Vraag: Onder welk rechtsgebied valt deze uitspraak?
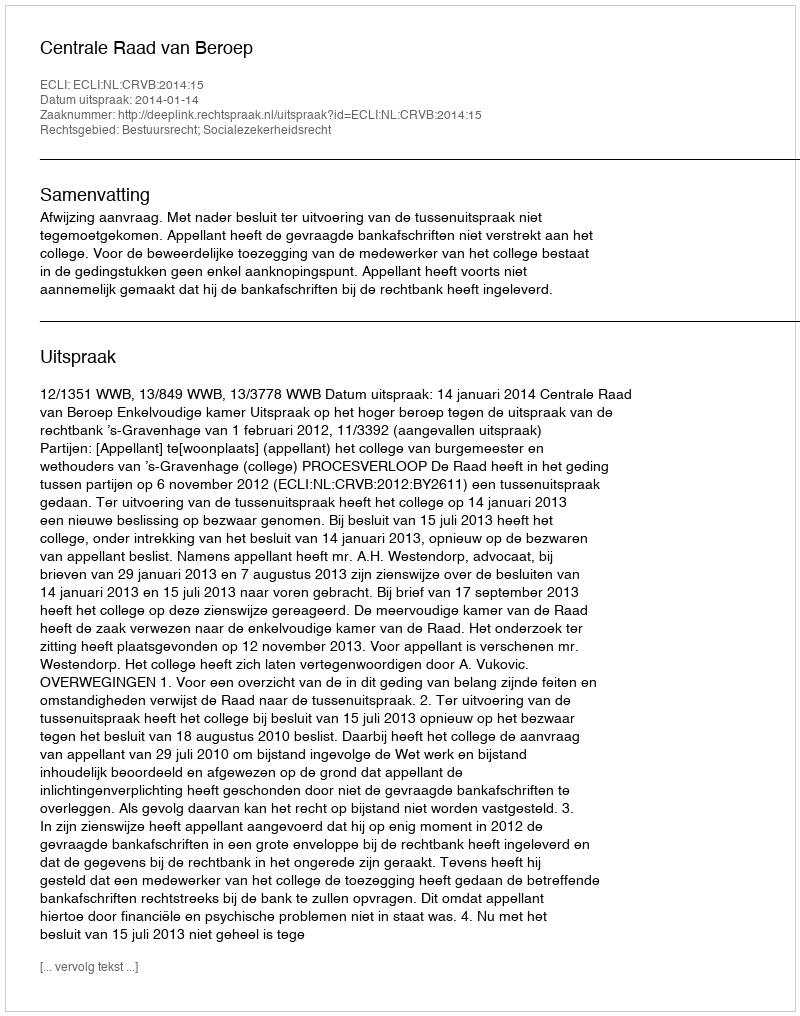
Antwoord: Bestuursrecht; Socialezekerheidsrecht